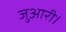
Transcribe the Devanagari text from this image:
जुआरी।